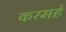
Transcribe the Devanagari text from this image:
करमहे